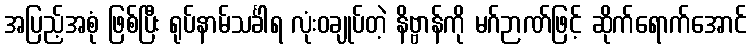
အပြည့်အစုံ ဖြစ်ပြီး ရုပ်နာမ်သင်္ခါရ လုံးဝချုပ်တဲ့ နိဗ္ဗာန်ကို မဂ်ဉာဏ်ဖြင့် ဆိုက်ရောက်အောင်